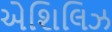
એશિલિઝ